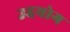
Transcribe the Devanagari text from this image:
उद्दयोग